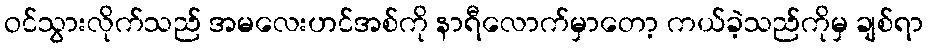
ဝင်သွားလိုက်သည် အမလေးဟင်အစ်ကို နာရီလောက်မှာတော့ ကယ်ခဲ့သည်ကိုမှ ချစ်ရာ